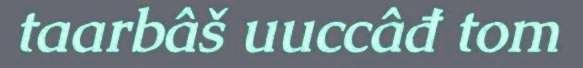
taarbâš uuccâđ tom